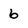
Character: 6